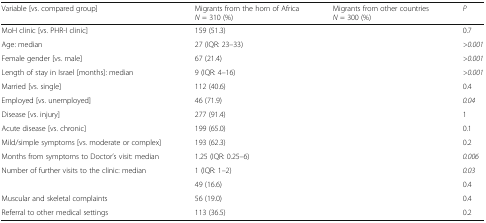
<table><thead><tr><td><b>Variable [vs. compared group]</b></td><td><b>Migrants from the horn of Africa <i>N</i> = 310 (%)</b></td><td><b>Migrants from other countries <i>N</i> = 300 (%)</b></td><td><b><i>P</i></b></td></tr></thead><tbody><tr><td>MoH clinic [vs. PHR-I clinic]</td><td>159 (51.3)</td><td>[EMPTY_CELL]</td><td>0.7</td></tr><tr><td>Age: median</td><td>27 (IQR: 23–33)</td><td>[EMPTY_CELL]</td><td><i>&gt;0.001</i></td></tr><tr><td>Female gender [vs. male]</td><td>67 (21.4)</td><td>[EMPTY_CELL]</td><td><i>&gt;0.001</i></td></tr><tr><td>Length of stay in Israel [months]: median</td><td>9 (IQR: 4–16)</td><td>[EMPTY_CELL]</td><td><i>&gt;0.001</i></td></tr><tr><td>Married [vs. single]</td><td>112 (40.6)</td><td>[EMPTY_CELL]</td><td>0.4</td></tr><tr><td>Employed [vs. unemployed]</td><td>46 (71.9)</td><td>[EMPTY_CELL]</td><td><i>0.04</i></td></tr><tr><td>Disease [vs. injury]</td><td>277 (91.4)</td><td>[EMPTY_CELL]</td><td>1</td></tr><tr><td>Acute disease [vs. chronic]</td><td>199 (65.0)</td><td>[EMPTY_CELL]</td><td>0.1</td></tr><tr><td>Mild/simple symptoms [vs. moderate or complex]</td><td>193 (62.3)</td><td>[EMPTY_CELL]</td><td>0.2</td></tr><tr><td>Months from symptoms to Doctor’s visit: median</td><td>1.25 (IQR: 0.25–6)</td><td>[EMPTY_CELL]</td><td><i>0.006</i></td></tr><tr><td>Number of further visits to the clinic: median</td><td>1 (IQR: 1–2)</td><td>[EMPTY_CELL]</td><td><i>0.03</i></td></tr><tr><td>[EMPTY_CELL]</td><td>49 (16.6)</td><td>[EMPTY_CELL]</td><td>0.4</td></tr><tr><td>Muscular and skeletal complaints</td><td>56 (19.0)</td><td>[EMPTY_CELL]</td><td>0.4</td></tr><tr><td>Referral to other medical settings</td><td>113 (36.5)</td><td>[EMPTY_CELL]</td><td>0.2</td></tr></tbody></table>